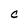
Character: C